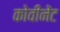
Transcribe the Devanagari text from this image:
कोवीनेंट